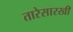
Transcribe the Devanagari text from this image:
तारेसारखी